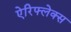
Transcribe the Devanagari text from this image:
ऐरिफ्लेक्स